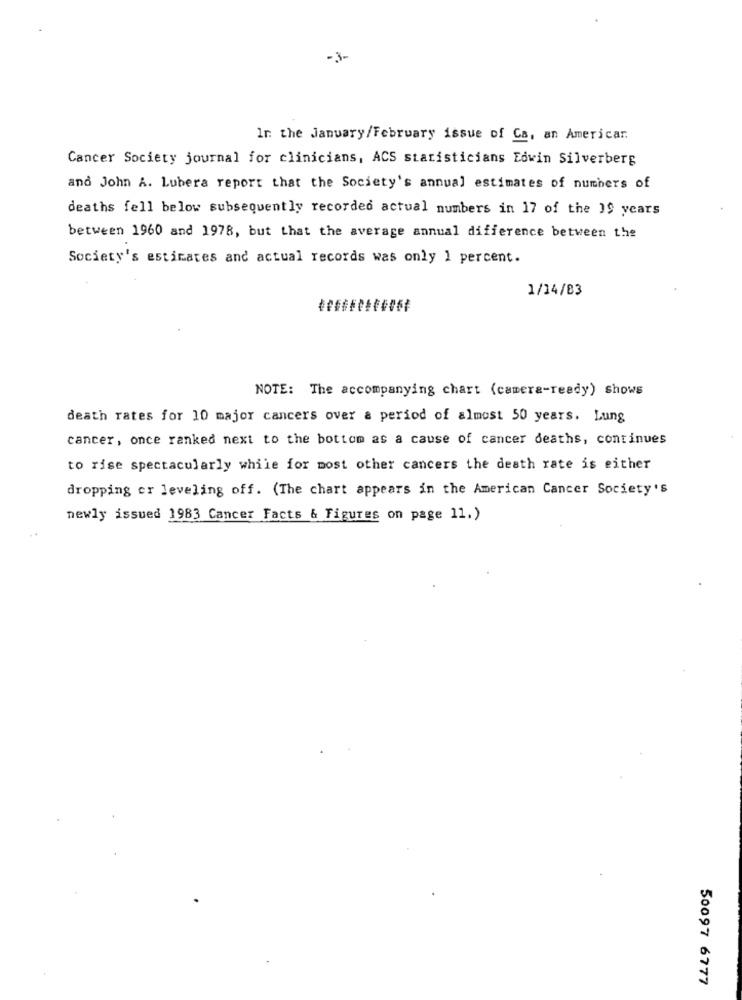
-3-
In the January/February issue of Ca, an Americar.
Cancer Society journal for clinicians, ACS statisticians Edwin Silverberg
and John A. Lubera report that the Society's annual estimates of numbers of
deaths fell below subsequently recorded actual numbers in 17 of the 1$ years
between 1960 and 1978, but that the average annual difference between the
Society's estimates and actual records was only 1 percent.
1/14/83
NOTE: The accompanying chart (camera-ready) shows
death rates for 10 major cancers over a period of almost 50 years. Lung
cancer, once ranked next to the bottom as a cause of cancer deaths, continues
to rise spectacularly while for most other cancers the death rate is either
dropping or leveling off. (The chart appears in the American Cancer Society's
newly issued 1983 Cancer Facts & Figures on page 11.)
50097 6777